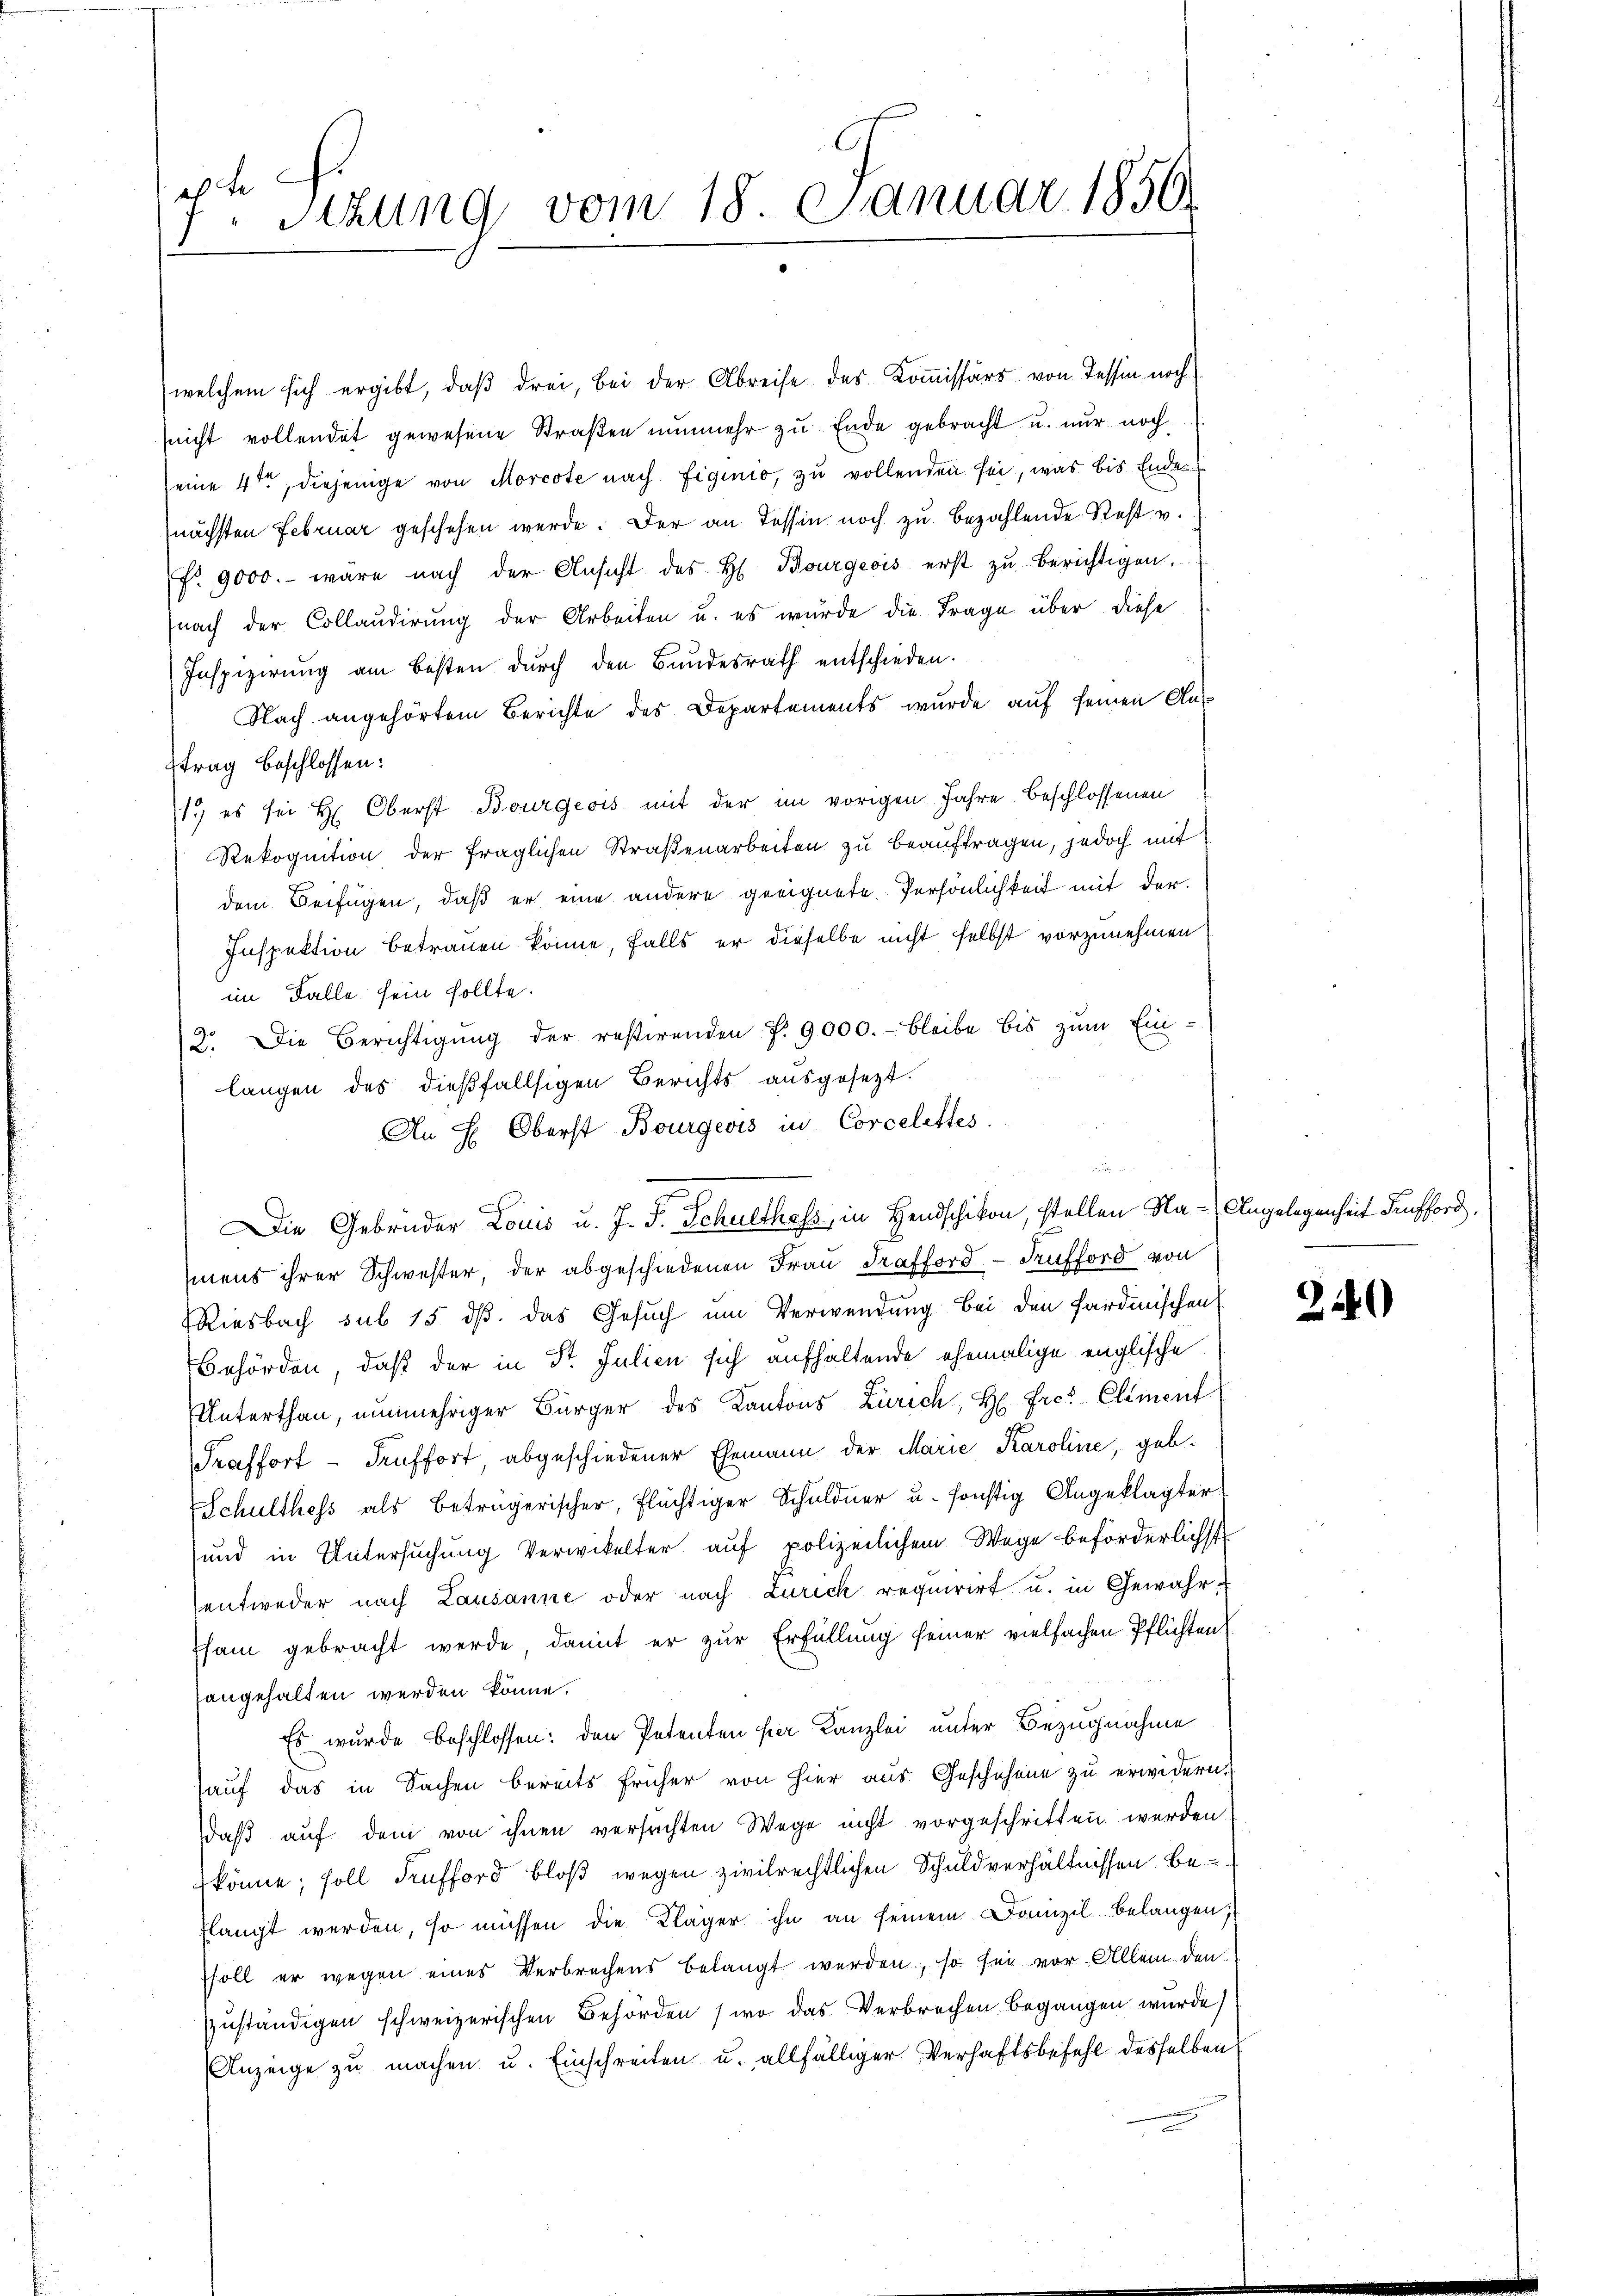
ah be
Sitzung vom 18. Januar 1850.
.

(welchem sich ergibt, daß drei, bei der Abreise des Kommissärs von Tessin noch
nicht vollendet gewesene Straβen nunmehr zu Ende gebracht u. nur noch
seine 4ten, diejenige von Morcote nach Eiginio, zu vollenden sei, was bis Endes
nächsten Februar geschehen werde. Der an Tessin noch zu bezahlende Rest v.
f. 9000.- wäre nach der Ansicht des H. Bourgeois erst zu berichtigen,
nach der Collaudirung der Arbeiten u. es wurde die Frage über diese
Inspizierung am besten durch den Bundesrath entschieden.
Nach angehörtem Berichte des Departements wurde auf seinen Antrag beschlossen:
1) es sei H. Oberst Bourgeois mit der im vorigen Jahre beschlossenen
Rekognition der fraglichen Straßenarbeiten zu beauftragen, jedoch mit
dem Beifügen, daß er eine andere geeignete Persönlichkeit mit der
Inspektion betrauen könne, falls er dieselbe nicht selbst vorzunehmen
im Falle sein sollte.
2. Die Berichtigŭng der restirenden P. 9000.- bleibe bis zŭm Ein-
langen des dießfallsigen Berichts ausgesezt.
An H: Oberst Bourgeois in Corcelettes.
mens ihrer Schwester, der abgeschiedenen Frau Trafford-Aufford von
Riesbach sub 15. dß. das Gesuch um Verwendung bei den sardinischen
Behörden, daß der in St. Julien sich aufhaltende ehemalige englische
Unterthan, nunmehriger Bürger des Kantons Zürich, H. Frei Clement
Fraffort - Teuffort abgeschiedener Ehemann der Marie Karoline, geb¬
Schulthess als beträgerischer, flüchtiger Schuldner u. sonstig Angeklagter
und in Untersuchung Verwikelter auf polizeilichem Wege beförderlichst
entweder nach Lausanne oder nach Zürich requirirt u. in Gewähr-
Tham gebracht werde, damit er zur Erfüllung seiner vielfachen Pflichten
sangehalten werden könne.
Es wurde beschlossen: den Petenten per Kanzlei unter Bezugnahme
hauf das in Sachen bereits früher von hier aus Geschehene zu erwidern.
daß auf dem von ihnen versuchten Wege nicht vorgeschritten werden
könne; soll defford bloß wegen zivilrechtlichen Schuldverhältnissen, beflangt werden, so müssen die Kläger ihn an seinem Domizil belangen;
soll er wegen eines Verbrechens belangt werden, so sei vor Allem den
zuständigen schweizerischen Behörden (wo das Verbrechen begangen wurde
Anzeige zu machen u. Einschreiten u. allfälliger Verhaftsbefehl desselben

Die Gebrüder Louis u. J. J. Schulthess, in Handschikon, stellen Na-Angelegenheit Aufford

an

22)